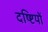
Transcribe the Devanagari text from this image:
दष्ष्टियों